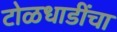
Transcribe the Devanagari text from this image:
टोळधाडींचा